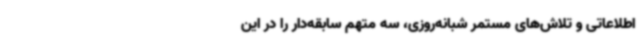
اطلاعاتی و تلاش‌های مستمر شبانه‌روزی، سه متهم سابقه‌دار را در این